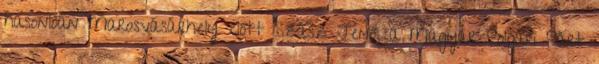
hasonlóan Marosvásárhely előtt Szász Jenő, a Magyar Polgári Párt